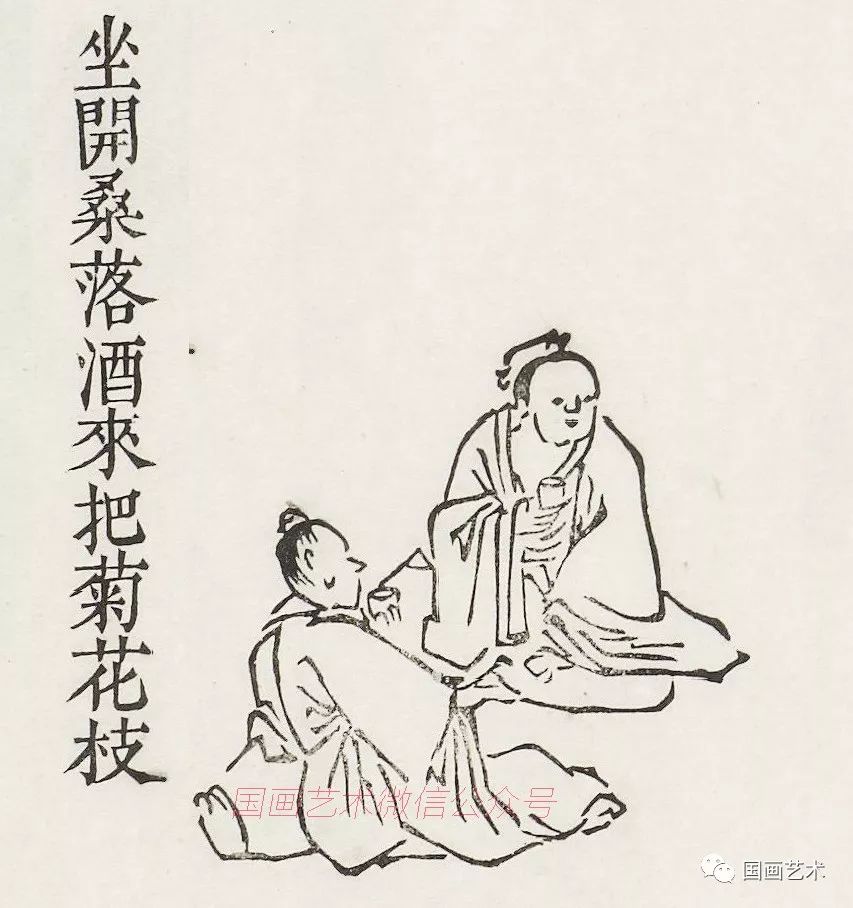
坐开桑落酒，来把菊花枝。